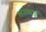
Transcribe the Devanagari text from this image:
भउजाई